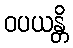
ဝပယန္တိ